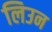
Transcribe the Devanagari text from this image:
लिउन